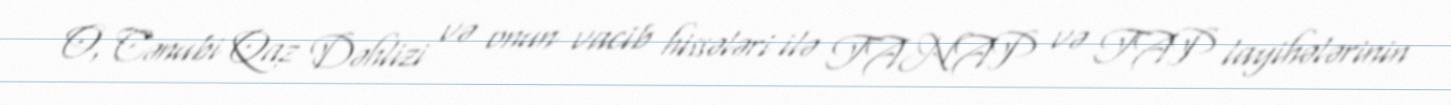
O, Cənubi Qaz Dəhlizi və onun vacib hissələri ilə TANAP və TAP layihələrinin